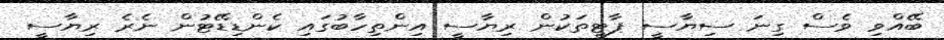
ބޭއްވި ވެސް ގިނަ ސިޔާސީ ޕާޓީތަކުން ރިޔާސީ އިންތިހާބުގައި ކެންޑިޑޭޓުން ނެރެ ރިޔާސީ